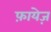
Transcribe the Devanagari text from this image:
फ़ायेज़